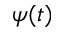
\psi ( t )